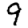
Digit: 9